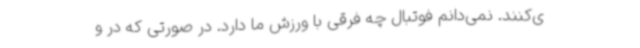
ی‌کنند. نمی‌دانم فوتبال چه فرقی با ورزش ما دارد. در صورتی که در و